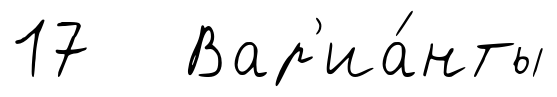
17 Вар'иа́нты